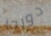
دورجا